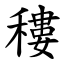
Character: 䅹